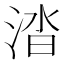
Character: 涾